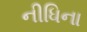
નીધિના